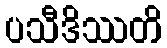
ပသီဒိဿတိ